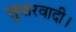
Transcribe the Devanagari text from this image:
सुधारवादी।